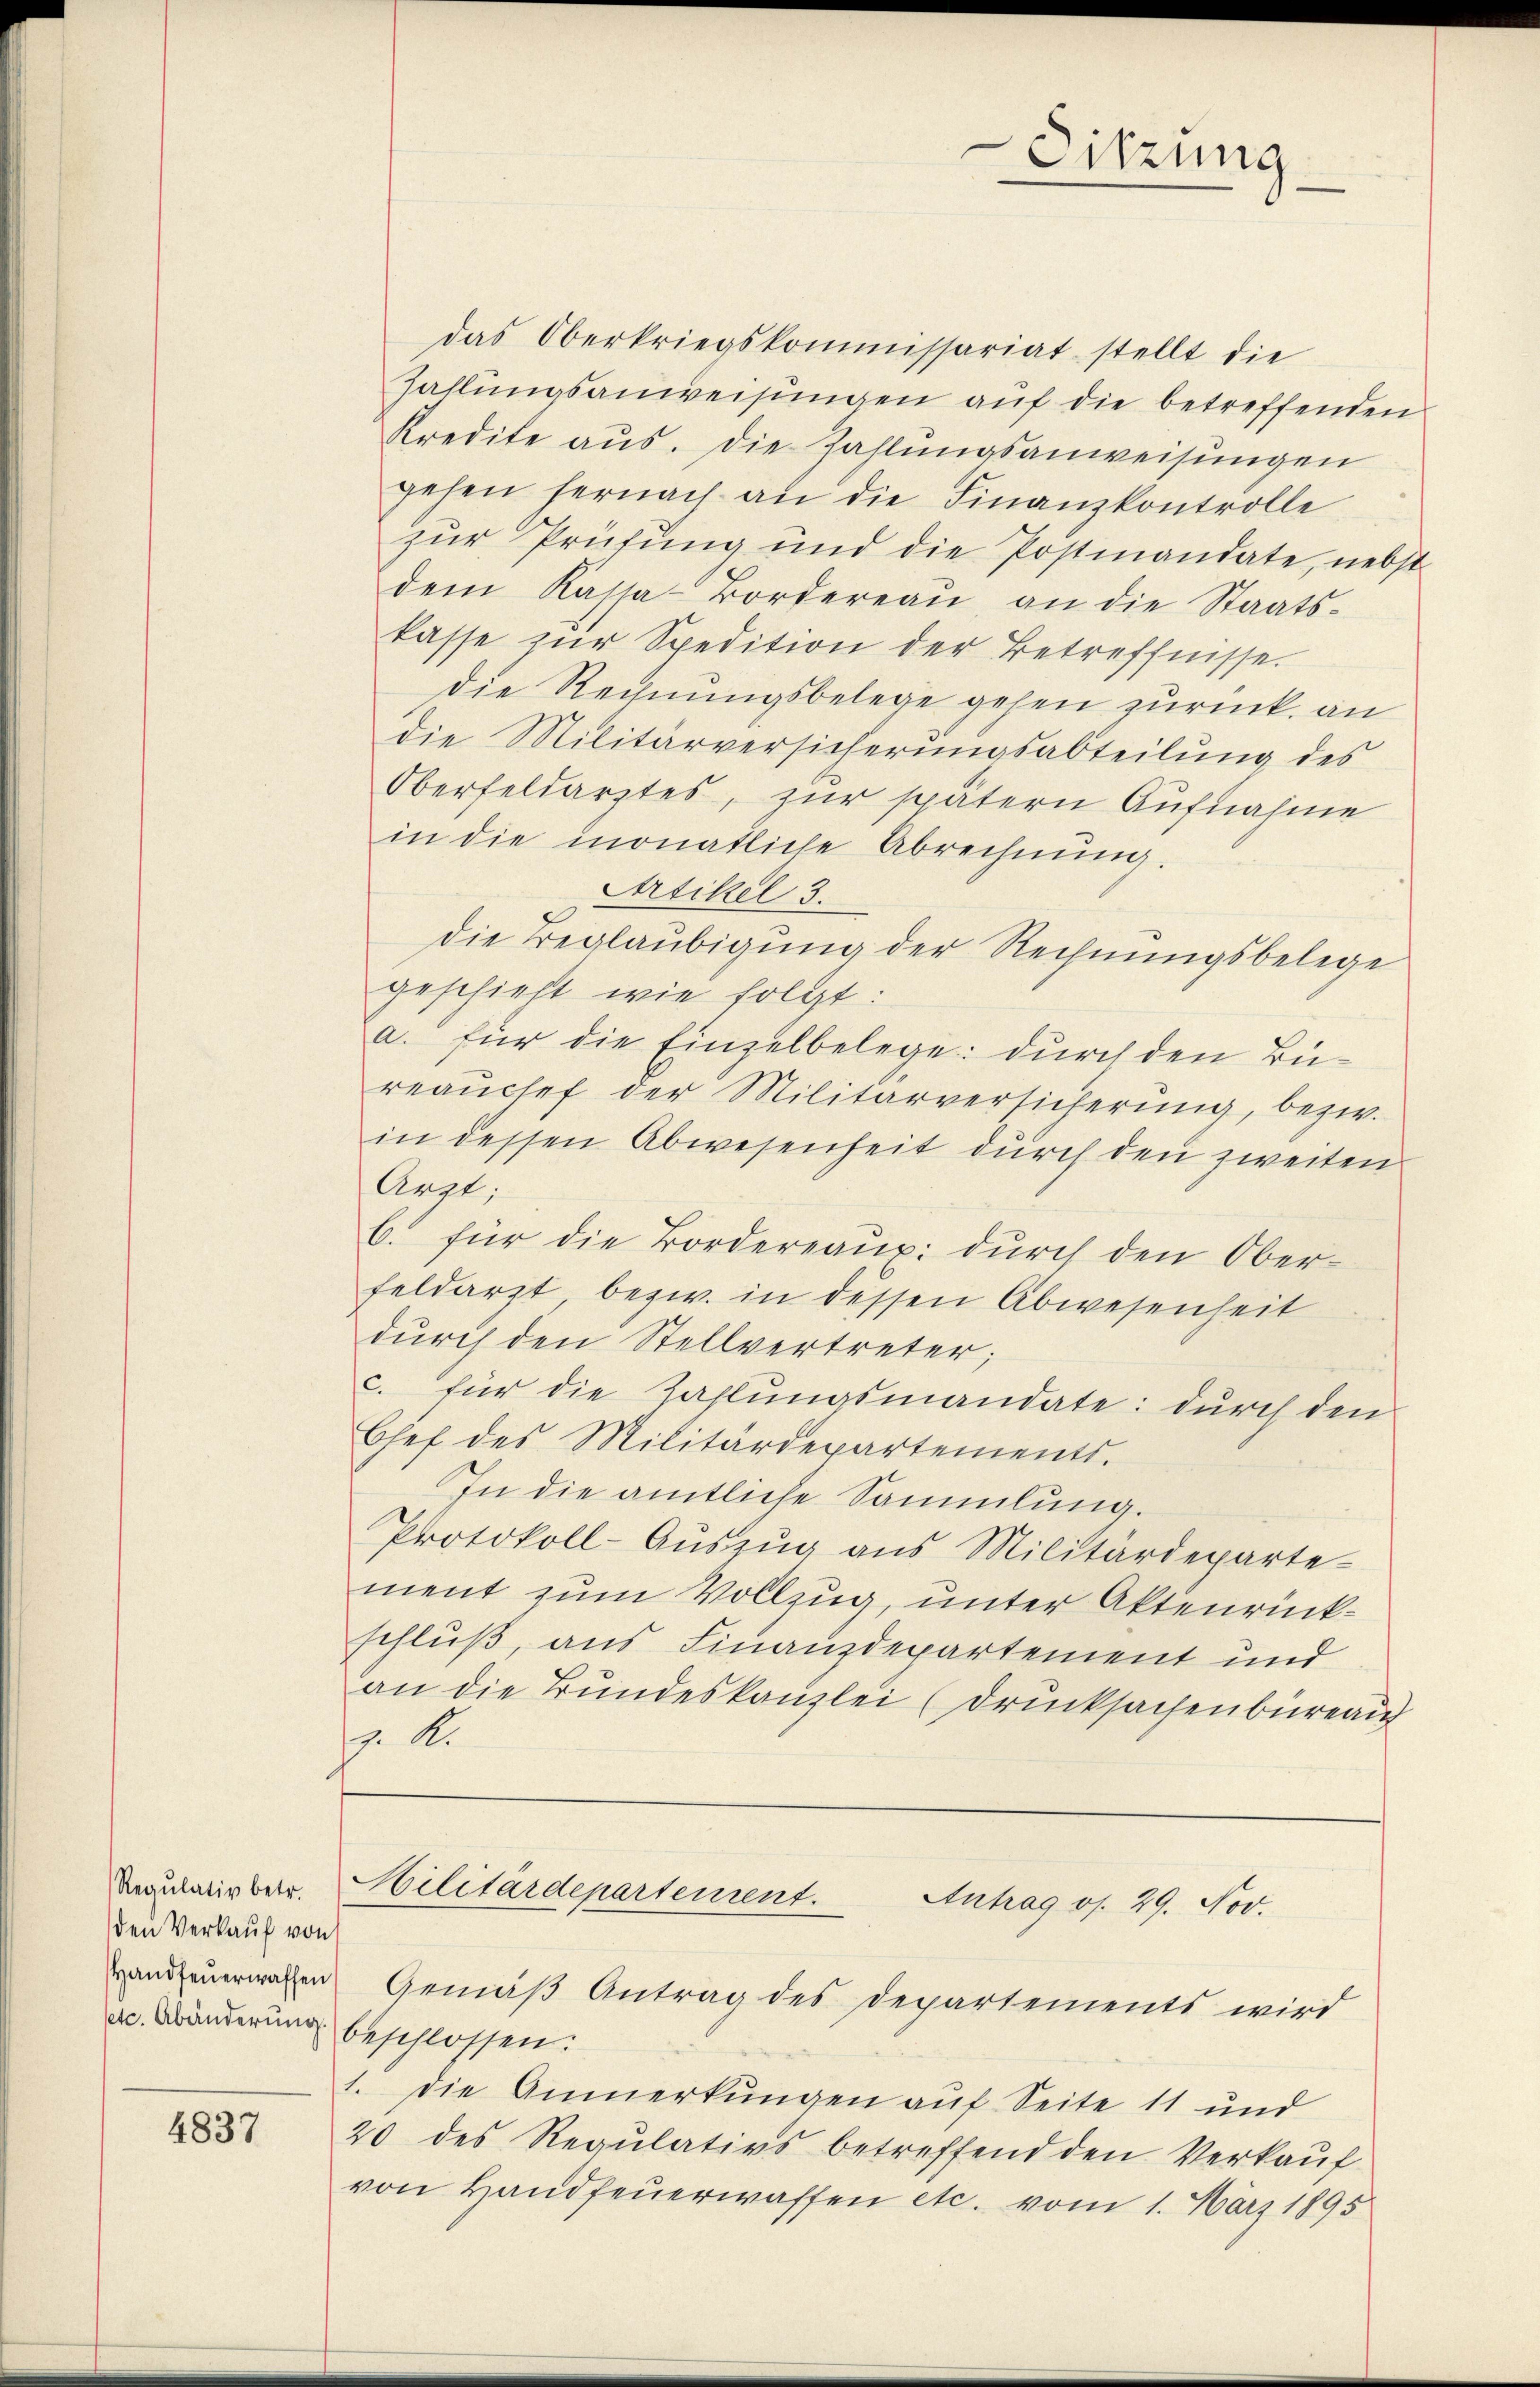
Regulativ betr.
den Verkauf von

4837

Sitzung

das Oberkriegskommissariat stellt die
zahlungsanweisungen auf die betreffenden
Kredite aus. Die Zahlŭngsanweisungen
gehen hernach an die Finanzkontrolle
zur Prüfung und die Postmandate, nebst
dem Kassa-Bordereaŭ an die Staats-
kasse zŭr Spedition der Betreffnisse.
die Rechnungsbelege gehen zurück. an
die Militärversicherungsabteilung des
Oberfeldarztes, zur spätern Aufnahme
in die monatliche Abrechnŭng.
Artikel 3.
die Beglaubigung der Rechnungsbelege
geschieht wie folgt:
a. für die Einzelbelege: durch den Büreaŭchef der Militärversicherung, bezw.
in dessen Abwesenheit durch den zweiten
Arzt;
6. für die Fordereaŭp: dŭrch den Ober-
feldarzt bezw. in dessen Abwesenheit
durch den Stellvertreter;
c. für die Zahlungsmandate: durch den
Chef des Militärdepartements.
In die amtliche Sammlung.
Protokoll-Aŭszŭg aŭs Militärdeparte
ment zum Vollzug, unter Aktenrückschluß, aus Finanzdepartement und
an die Bundeskanzlei (drucksachenbüreau
. A.

er. Abänderung beschlossen:
1. die Anmerkungen auf Seite 11 und
20 des Regulativs betreffend den Verkaŭf
von Handfeuerwaffen etc. vom 1. März 1895

Militärdepartement.
Antrag os. 29. Nov.
anfeuerwesen Gemäß Antrag des Departements wird